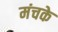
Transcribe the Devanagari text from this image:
मंचके